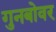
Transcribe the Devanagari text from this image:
गुनबोवर